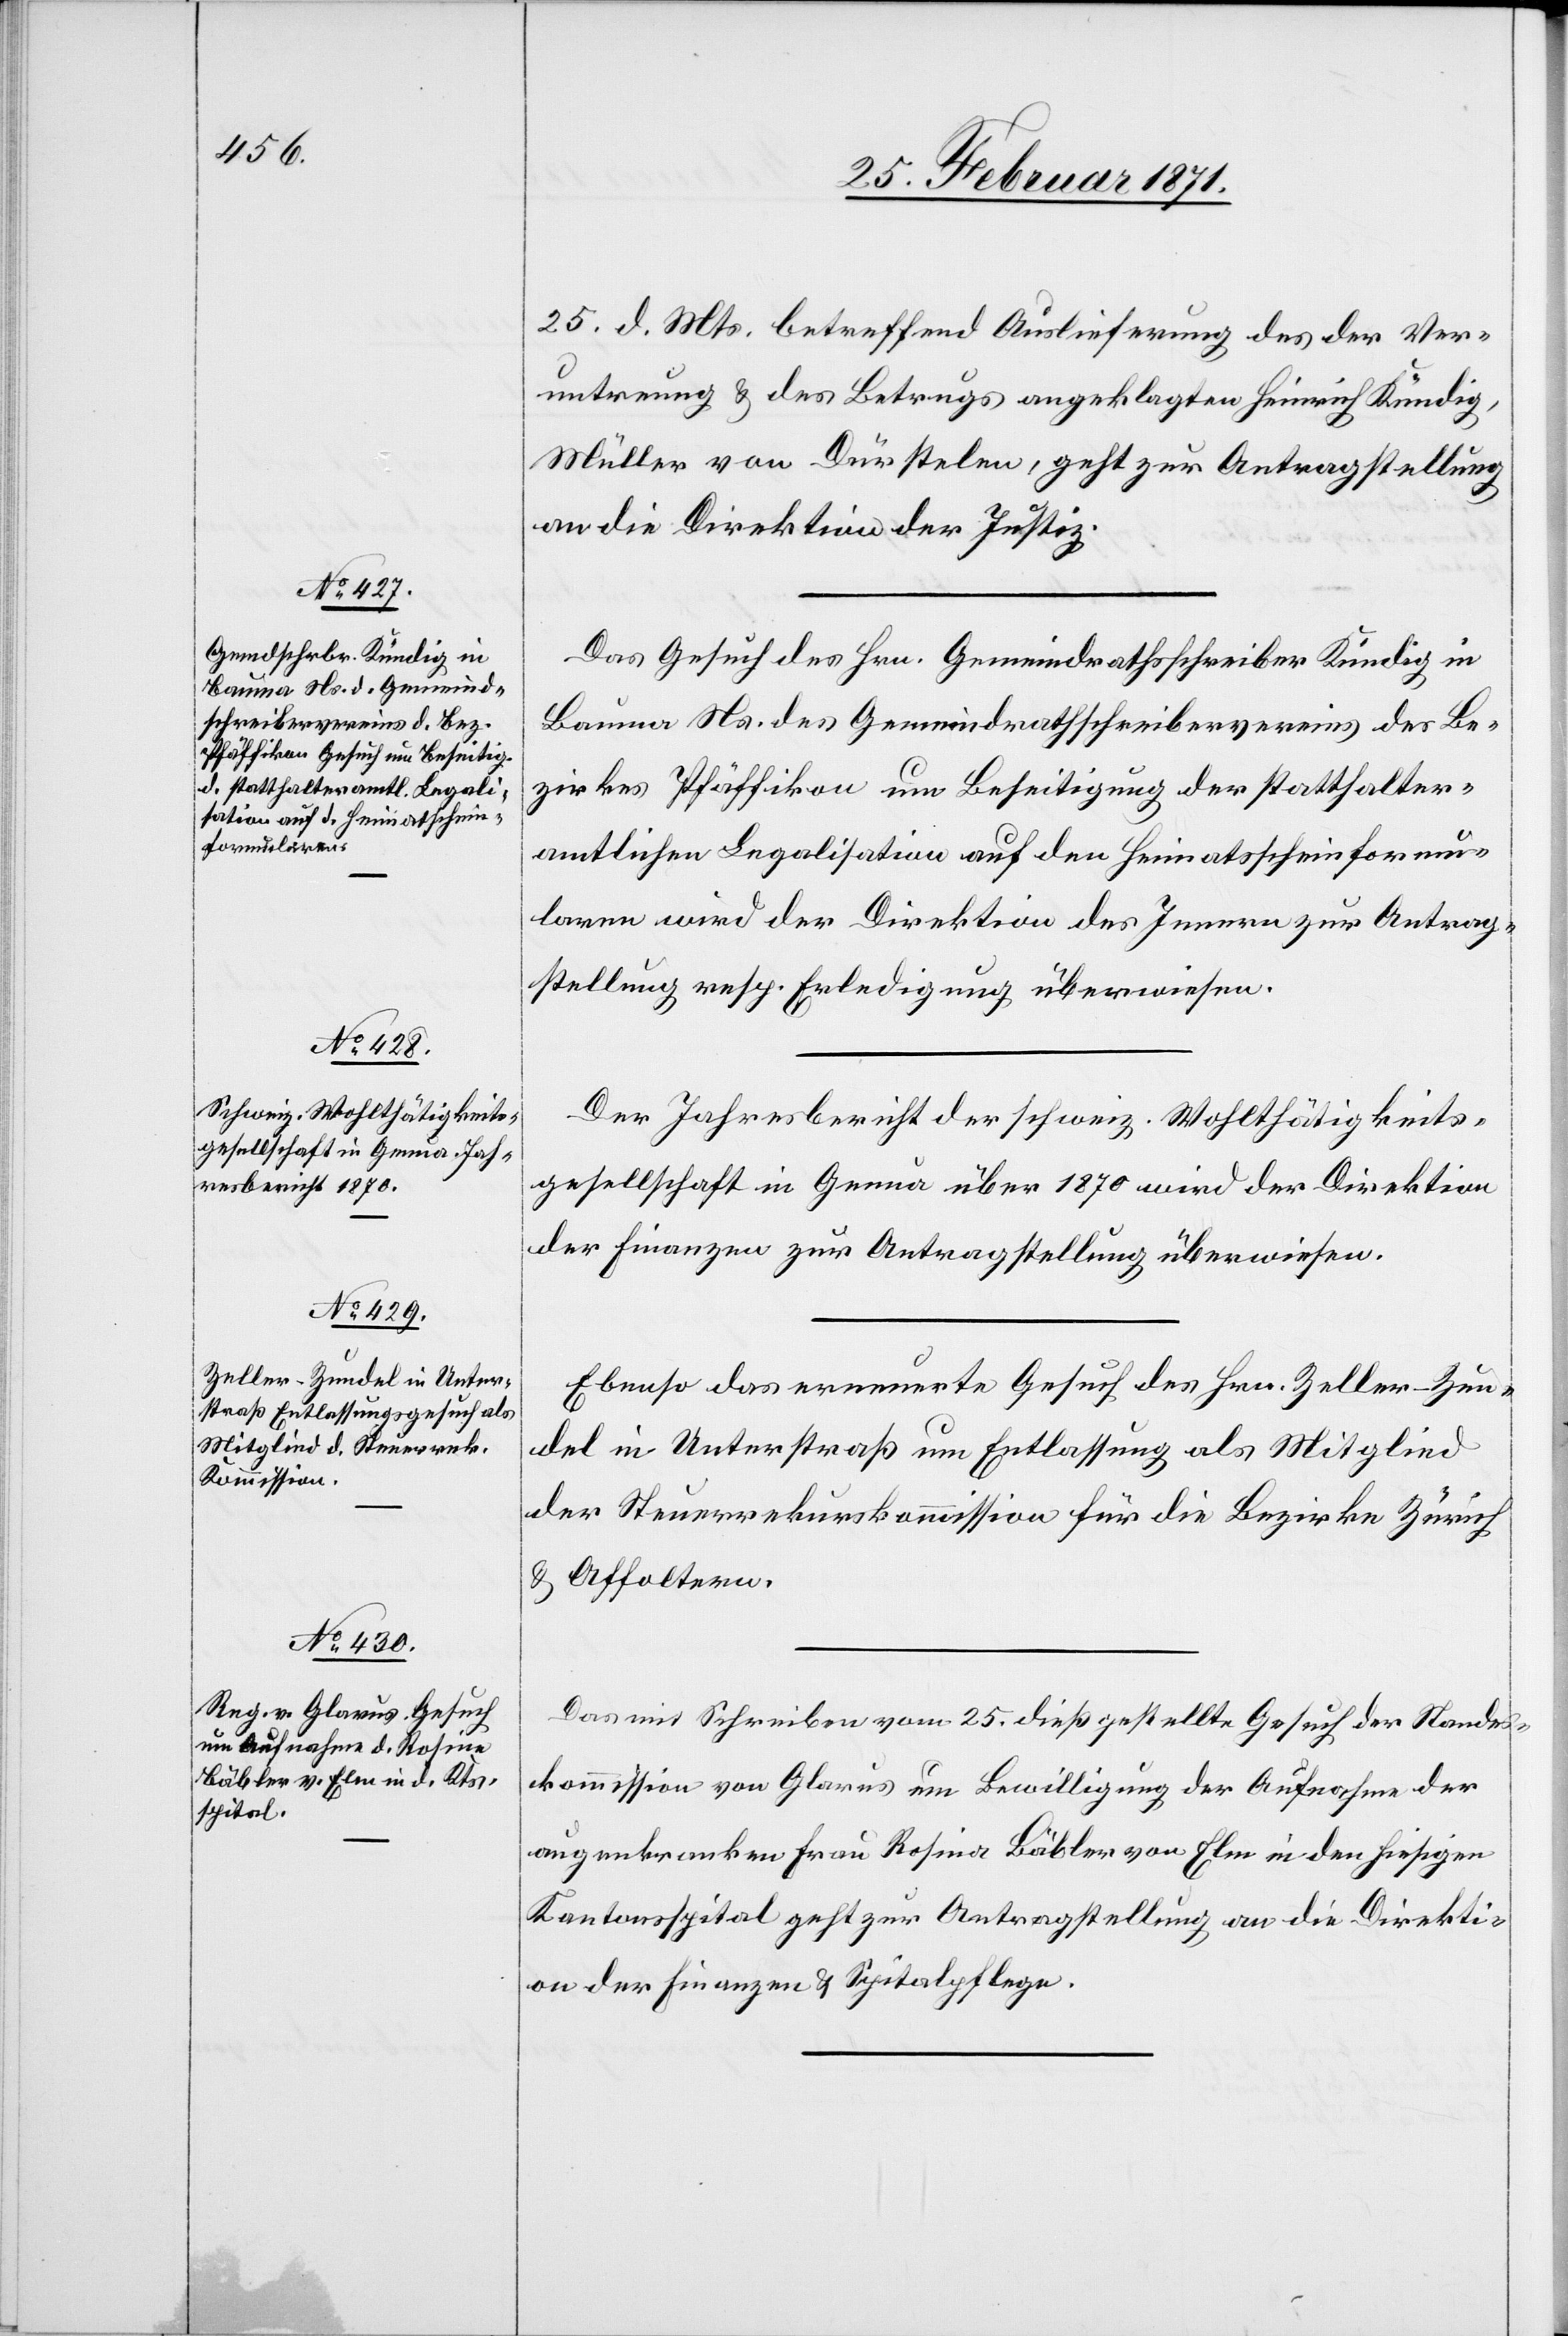
27. Februar 1871.]
25. d. Mts. betreffend Auslieferung des der Ver¬
untreung u. des Betrugs angeklagten Heinrich Kündig,
Müller von Dürstelen, geht zur Antragstellung
an die Direktion der Justiz.
Das Gesuch des Hrn. Gemeindrathsschreiber Kündig in
Bauma Ns. des Gemeindrathsschreibervereins des Be¬
zirkes Pfäffikon um Beseitigung der statthalter¬
amtlichen Legalisation auf den Heimatscheinform¬
ularen wird der Direktion des Innern zur Antrag¬
stellung resp. Erledigung überwiesen.
Der Jahresbericht der schweiz. Wohlthätigkeits¬
gesellschaft in Genua über 1870 wird der Direktion
der Finanzen zur Antragstellung überwiesen.
Ebenso das erneuerte Gesuch des Hrn. Zeller-Zun¬
del in Unterstraß um Entlassung als Mitglied
der Steuerrekurskommission für die Bezirke Zürich
u. Affoltern.
Das mit Schreiben vom 25. dieß gestellte Gesuch der Standes¬
kommission von Glarus um Bewilligung der Aufnahme der
augenkranken Frau Rosina [sic!] Bäbler von Elm in den hiesigen
Kantonsspital geht zur Antragstellung an die Direkti¬
on der Finanzen u. Spitalpflege.